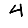
Digit: 4